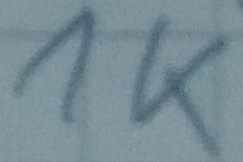
Text: 1K